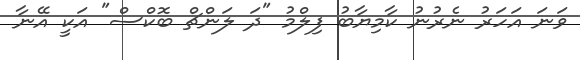
ވަނަ އަހަރު ނެރުނު ކާމިޔާބު ފިލްމު "ދަ ލަންޗް ބޮކްސް" އަކީ އޭނާ